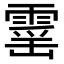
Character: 𮦡